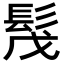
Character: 𩬕